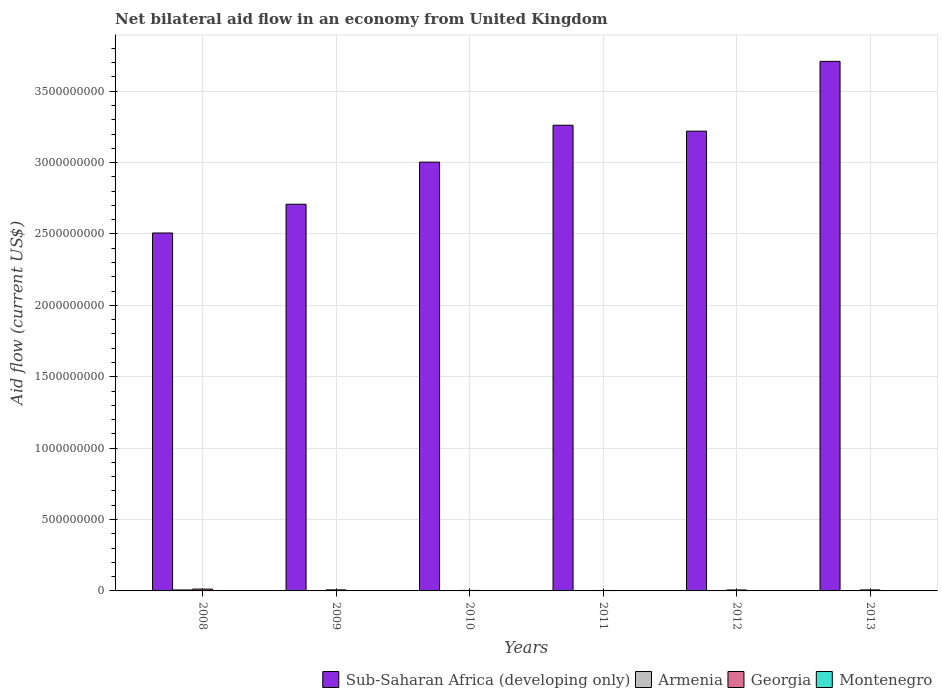
| Years | Sub-Saharan Africa (developing only) | Armenia | Georgia | Montenegro |
 | --- | --- | --- | --- | --- |
 | 2008 | 2.51e+09 | 6.6e+06 | 1.28e+07 | 7.4e+05 |
 | 2009 | 2.71e+09 | 1.02e+06 | 7.25e+06 | 4.6e+05 |
 | 2010 | 3e+09 | 4.9e+05 | 3.43e+06 | 2.1e+05 |
 | 2011 | 3.26e+09 | 3.6e+05 | 3.19e+06 | 3.3e+05 |
 | 2012 | 3.22e+09 | 1.32e+06 | 6.77e+06 | 7.7e+05 |
 | 2013 | 3.71e+09 | 1.29e+06 | 7.04e+06 | 8.4e+05 |